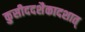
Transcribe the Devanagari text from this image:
कुसीददशैकादशात्